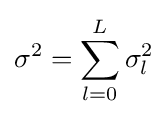
\sigma ^{2}=\sum _{l=0}^{L}\sigma _{l}^{2}